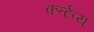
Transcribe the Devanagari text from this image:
कर्त्टव्य